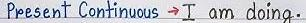
Present Continuous  -> I am doing.